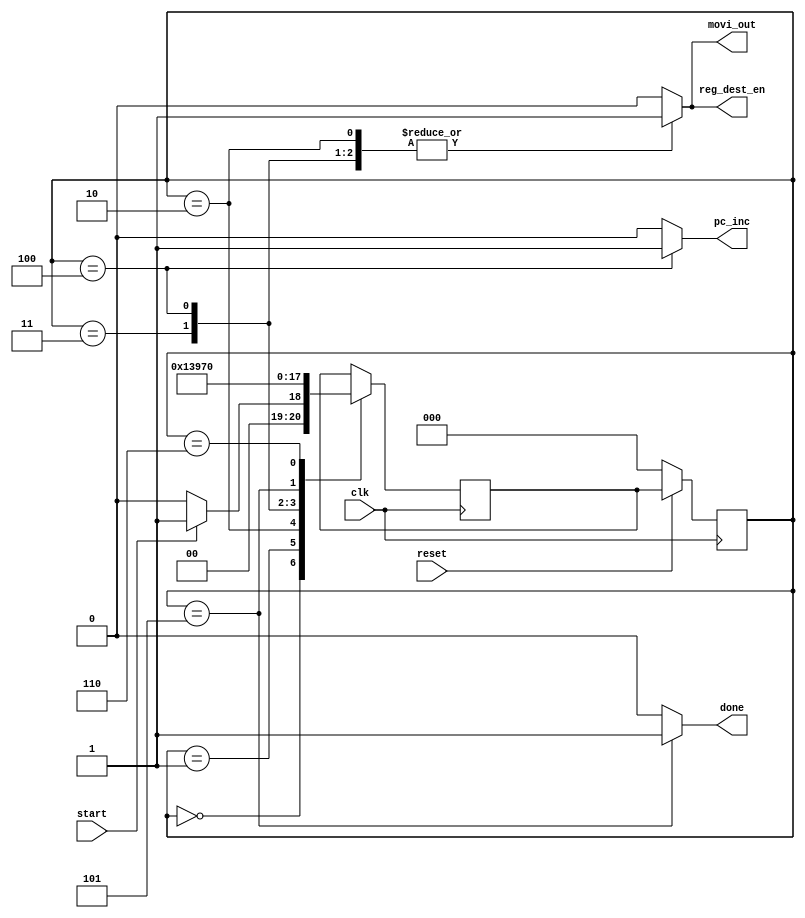
module movi_fsm(
  input reset, clk, start,
  output reg reg_dest_en, pc_inc, done, movi_out 
  
);

reg [2:0] pres_state, next_state;

parameter	st0 = 3'b000;
parameter	st1 = 3'b001;
parameter	st2 = 3'b010;
parameter	st3 = 3'b011;
parameter	st4 = 3'b100;
parameter	st5 = 3'b101;
parameter	st6 = 3'b110;

always @(posedge clk) begin
  if (!reset)
    pres_state <= st0;
  else
    pres_state <= next_state;
end

always @(posedge clk) begin
  case (pres_state)
    st0: 
    if (start) 
      next_state <= st1;
    else 
      next_state <= st0;
    st1: next_state <= st2;
    st2: next_state <= st3;
    st3: next_state <= st4;
    st4: next_state <= st5;
    st5: next_state <= st6;
    st6: next_state <= st0;
  endcase
end

always @(pres_state)
begin
    reg_dest_en <= 1'b0;
    pc_inc      <= 1'b0;
    done        <= 1'b0;
    movi_out    <= 1'b0;

    case (pres_state)
      st0: ;
      st1: ;
      st2: begin
        movi_out    <= 1'b1;
        reg_dest_en <= 1'b1;
      end
      st3: begin
        movi_out    <= 1'b1;
        reg_dest_en <= 1'b1;
      end
      st4: begin
        movi_out    <= 1'b1;
        reg_dest_en <= 1'b1;
        pc_inc      <= 1'b1;
      end
      st5: begin
        pc_inc      <= 1'b0;
        movi_out    <= 1'b0;
        reg_dest_en <= 1'b0;
        done        <= 1'b1;
      end
      st6: begin
        done        <= 1'b0;
      end
    endcase
end
endmodule